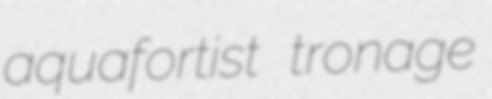
aquafortist tronage